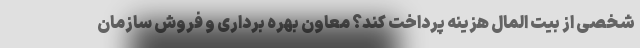
شخصی از بیت المال هزینه پرداخت کند؟ معاون بهره برداری و فروش سازمان